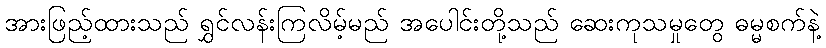
အားဖြည့်ထားသည် ရွှင်လန်းကြလိမ့်မည် အပေါင်းတို့သည် ဆေးကုသမှုတွေ ဓမ္မစက်နဲ့